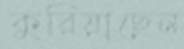
কুরিয়াছেন